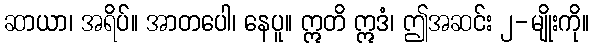
ဆာယာ၊ အရိပ်။ အာတပေါ၊ နေပူ။ ဣတိ ဣဒံ၊ ဤအဆင်း ၂-မျိုးကို။